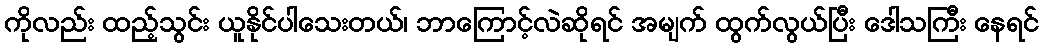
ကိုလည်း ထည့်သွင်း ယူနိုင်ပါသေးတယ်၊ ဘာကြောင့်လဲဆိုရင် အမျက် ထွက်လွယ်ပြီး ဒေါသကြီး နေရင်